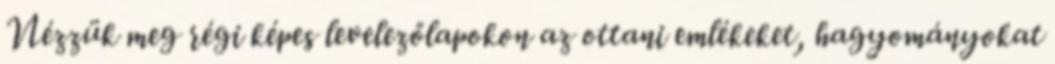
Nézzük meg régi képes levelezőlapokon az ottani emlékeket, hagyományokat